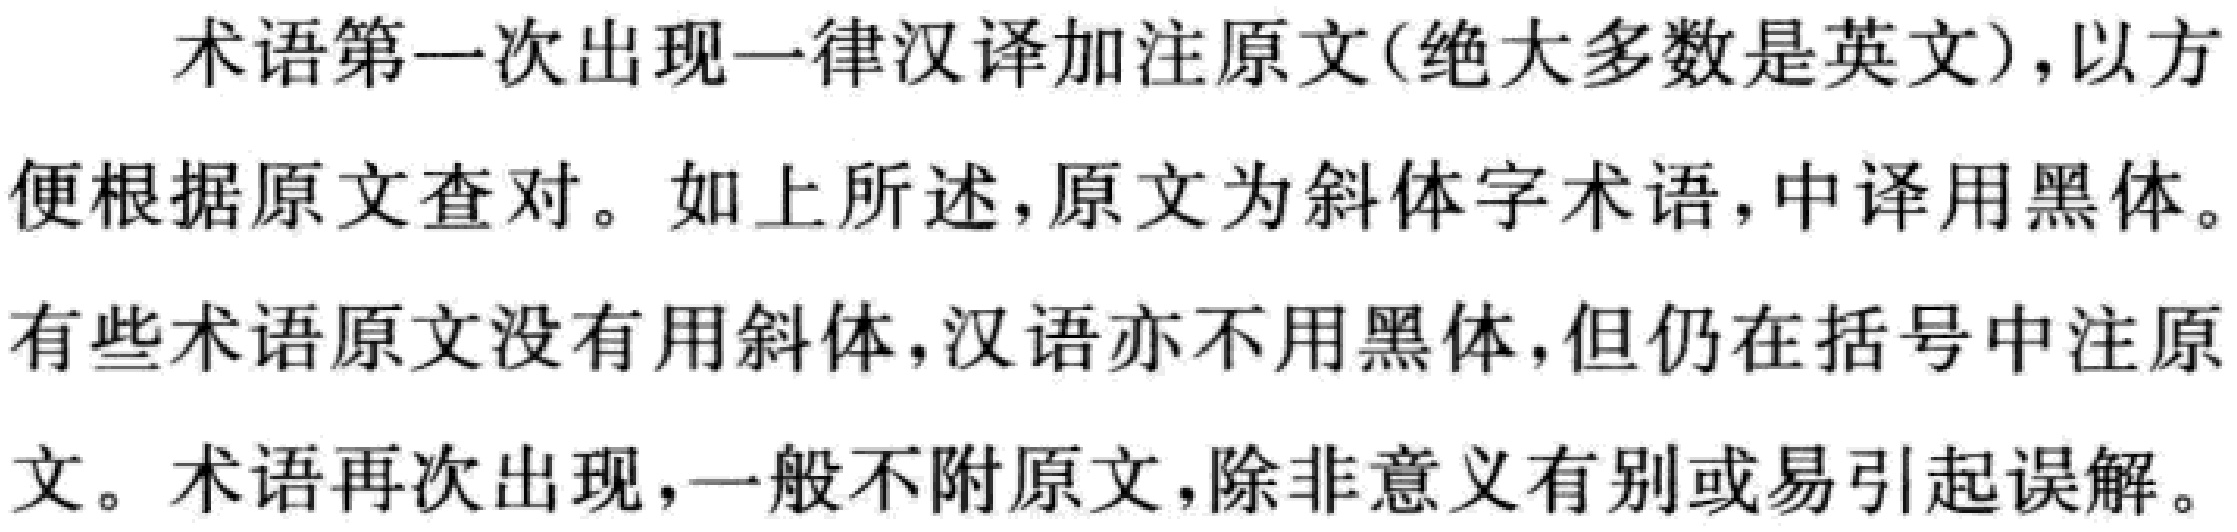
术语第一次出现一律汉译加注原文(绝大多数是英文)，以方便根据原文查对。如上所述，原文为斜体字术语，中译用黑体。有些术语原文没有用斜体，汉语亦不用黑体，但仍在括号中注原文。术语再次出现，一般不附原文，除非意义有别或易引起误解。